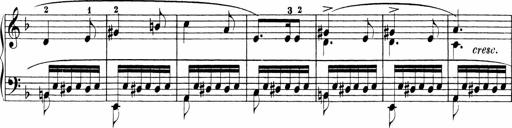
Title: Sonatinen Op.47, 98 und 136, nebst 6 Liedersonatinen
Composer: Carl Reinecke